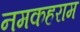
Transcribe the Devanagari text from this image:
नमकहराम